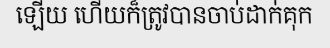
ឡើយ ហើយក៏ត្រូវបានចាប់ដាក់គុក